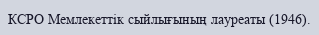
КСРО Мемлекеттік сыйлығының лауреаты (1946).